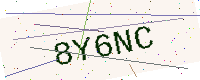
Text: 8Y6NC